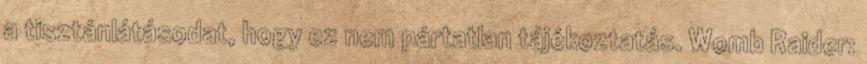
a tisztánlátásodat, hogy ez nem pártatlan tájékoztatás. Womb Raider: